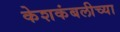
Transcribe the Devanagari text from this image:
केशकंबलीच्या